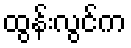
ထွန်းလွင်က